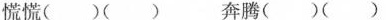
慌慌( )( ) 奔腾( )( )